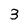
Character: 3